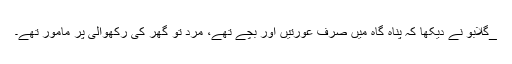
_گلابو نے دیکھا کہ پناہ گاہ میں صرف عورتیں اور بچے تھے، مرد تو گھر کی رکھوالی پر مامور تھے۔